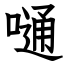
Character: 嗵